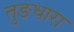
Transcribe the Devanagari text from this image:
तुङधारा